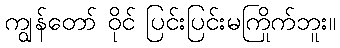
ကျွန်တော် ဝိုင် ပြင်းပြင်းမကြိုက်ဘူး။